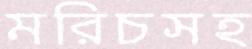
মরিচসহ